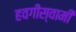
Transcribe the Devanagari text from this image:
हवगीस्वामी